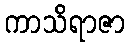
ကာသိရာဇာ